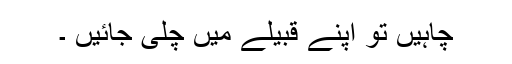
چاہیں تو اپنے قبیلے میں چلی جائیں ۔